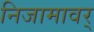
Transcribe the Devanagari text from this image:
निजामावर्